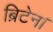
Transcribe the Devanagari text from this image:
ब्रिटेन।